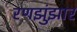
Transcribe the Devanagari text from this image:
रणझुंझार